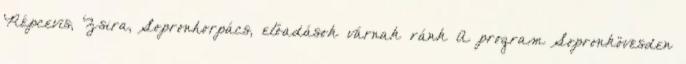
Répcevis, Zsira, Sopronhorpács, előadások várnak ránk A program Sopronkövesden